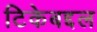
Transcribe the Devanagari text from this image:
टिकेबद्दल